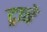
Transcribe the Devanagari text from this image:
ट्राबे